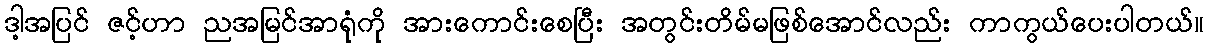
ဒါ့အပြင် ဇင့်ဟာ ညအမြင်အာရုံကို အားကောင်းစေပြီး အတွင်းတိမ်မဖြစ်အောင်လည်း ကာကွယ်ပေးပါတယ်။